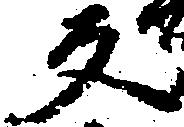
反